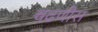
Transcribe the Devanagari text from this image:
चढणीस